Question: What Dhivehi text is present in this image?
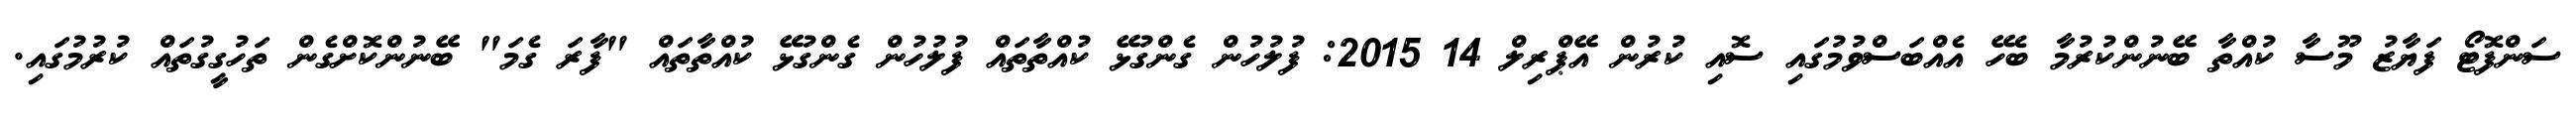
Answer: ސަންފޮޓޯ ފަޔާޒު މޫސާ ކުއްތާ ބޭނުންކުރުމާ ބެހޭ އެއްބަސްވުމުގައި ސޮއި ކުރުން އޭޕްރިލް 14 2015: ފުލުހުން ގެންގުޅޭ ކުއްތާތައް ފުލުހުން ގެންގުޅޭ ކުއްތާތައް "ފާރަ ގެމަ" ބޭނުންކޮށްގެން ތަހުގީގުތައް ކުރުމުގައި.